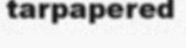
tarpapered